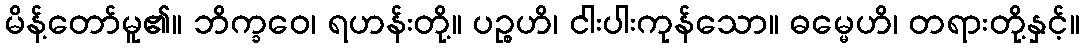
မိန့်တော်မူ၏။ ဘိက္ခဝေ၊ ရဟန်းတို့။ ပဉ္စဟိ၊ ငါးပါးကုန်သော။ ဓမ္မေဟိ၊ တရားတို့နှင့်။